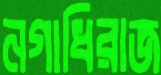
নগাধিরাজ